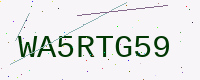
Text: WA5RTG59